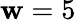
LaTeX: \mathbf{w}=5